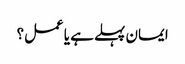
ایمان پہلے ہے یا عمل؟